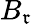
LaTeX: B_{\mathfrak{r}}